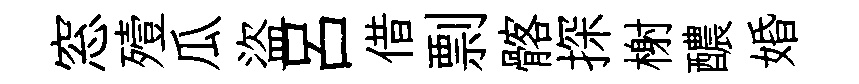
窓殪瓜盜吕借剽髂探榭醲婚